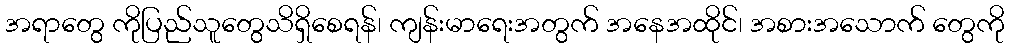
အရာတွေ ကိုပြည်သူတွေသိရှိစေရန်၊ ကျန်းမာရေးအတွက် အနေအထိုင်၊ အစားအသောက် တွေကို